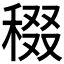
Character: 𥟒